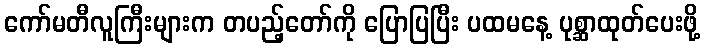
ကော်မတီလူကြီးများက တပည့်တော်ကို ပြောပြပြီး ပထမနေ့ ပုစ္ဆာထုတ်ပေးဖို့